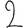
Digit: 2